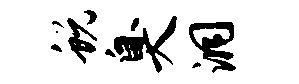
蜕臭洞